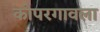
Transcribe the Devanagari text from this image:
कोपरगावला